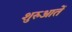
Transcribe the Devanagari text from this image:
शुरुआतें